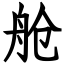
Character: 舱